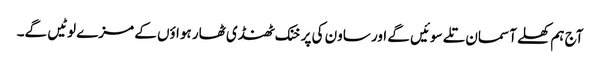
آج ہم کھلے آسمان تلے سوئیں گے اور ساون کی پرخنک ٹھنڈی ٹھار ہواؤں کے مزے لوٹیں گے۔